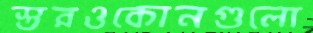
স্তরওকোনগুলো